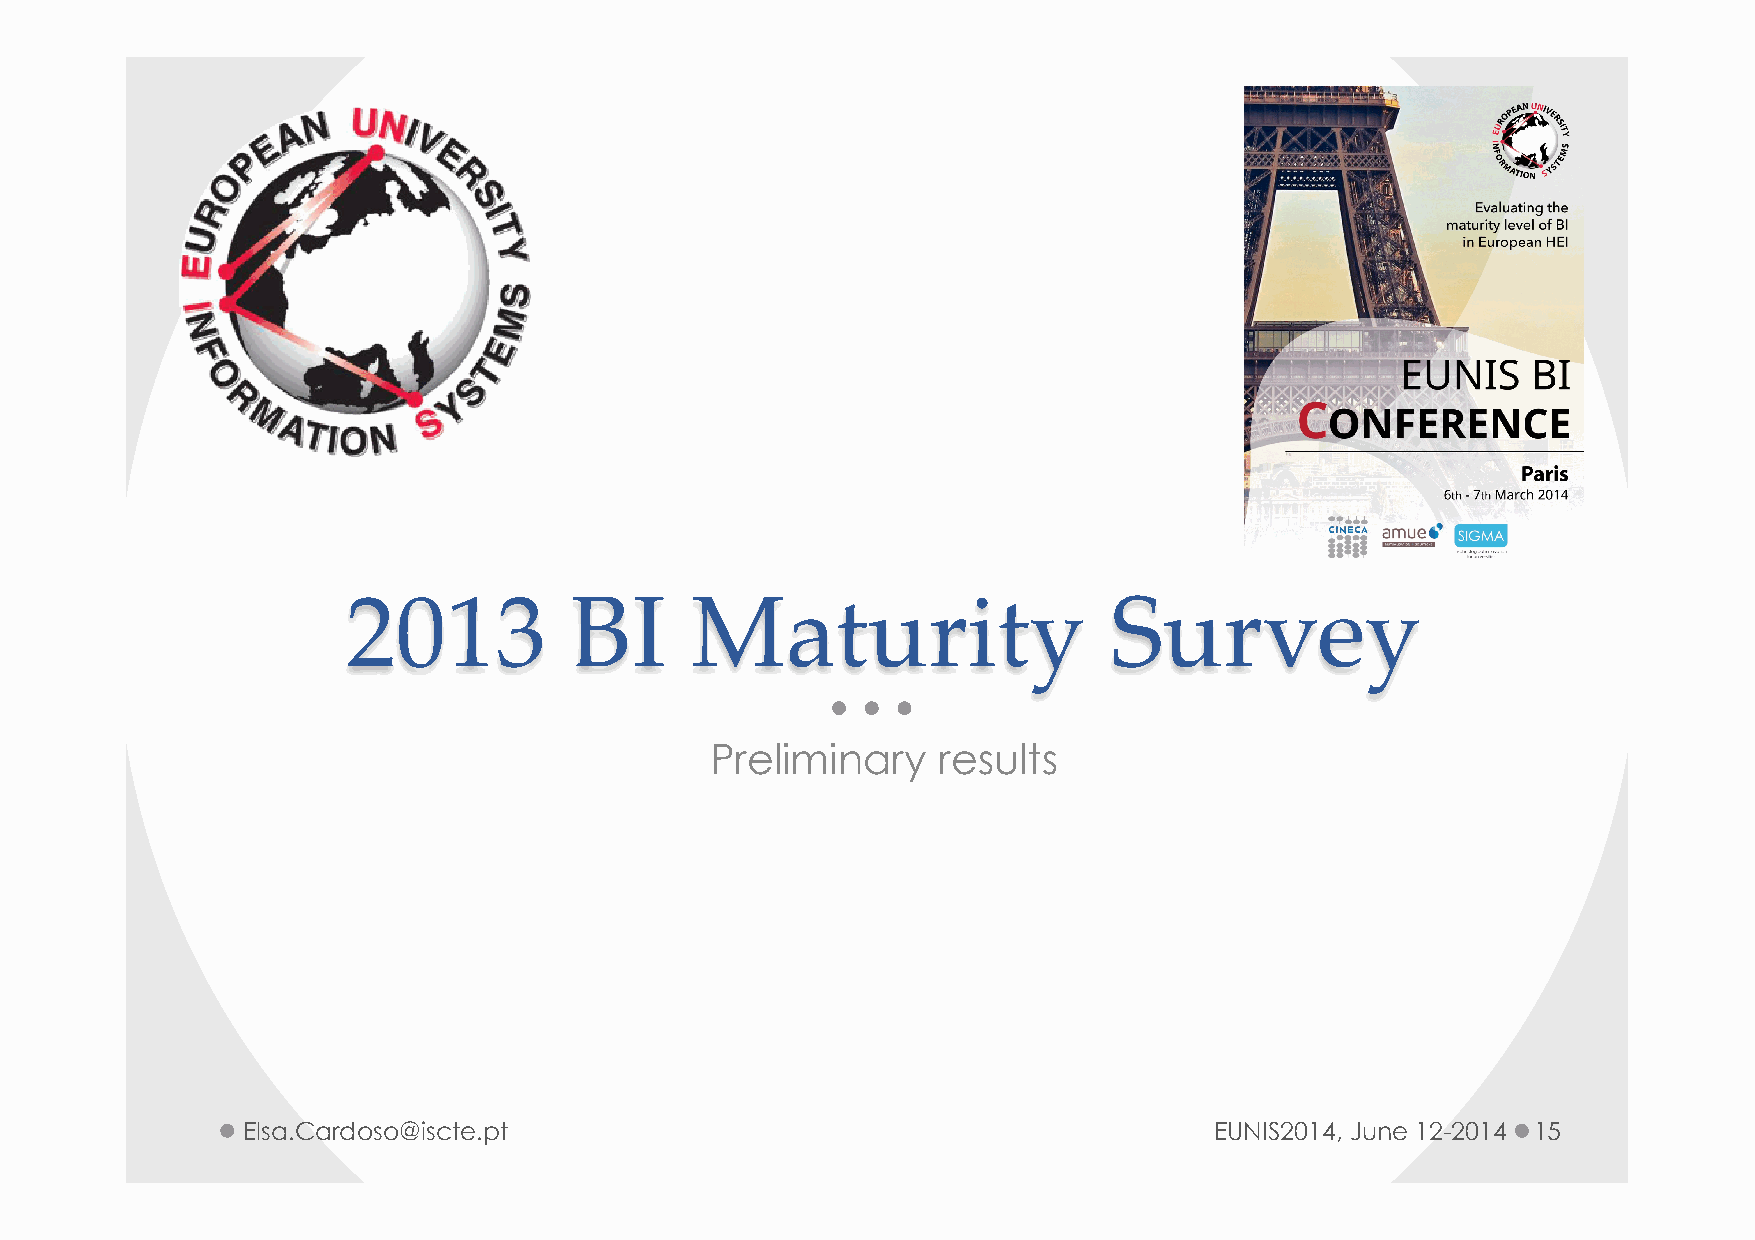
2013           BI      Maturity                   Survey
 Preliminary    results
 Elsa.Cardoso@iscte.pt                                           EUNIS2014, June 12-2014 15